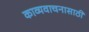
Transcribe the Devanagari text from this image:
काव्यवाचनासाठी